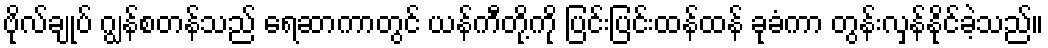
ဗိုလ်ချုပ် ဂျွန်စတန်သည် ရေဆာကာတွင် ယန်ကီတို့ကို ပြင်းပြင်းထန်ထန် ခုခံကာ တွန်းလှန်နိုင်ခဲ့သည်။